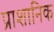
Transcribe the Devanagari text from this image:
प्राशानिक